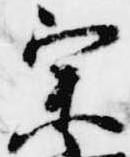
宗